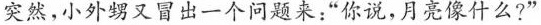
突然，小外甥又冒出一个问题来：”你说，月亮像什么?”